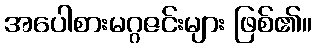
အပေါစားမဂ္ဂဇင်းများ ဖြစ်၏။